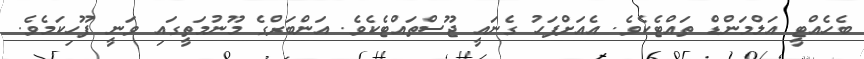
ބެހެއްޓީ އަލްމަންޑް ތައްޓެކެވެ. އެއަށްފަހު ގެނައީ ޖޫސްތައްޓެކެވެ. އަންބަރްގެ މޫނުމަތީގައި ވަނީ ފޫހިކަމެވެ.